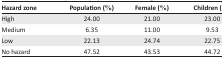
| Hazard zone | Population (%) | Female (%) | Children (%) |
 | --- | --- | --- | --- |
 | High | 24.00 | 21.00 | 23.00 |
 | Medium | 6.35 | 11.00 | 9.53 |
 | Low | 22.13 | 24.74 | 22.75 |
 | No hazard | 47.52 | 43.53 | 44.72 |